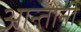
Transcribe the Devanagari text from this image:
आन्तोनी